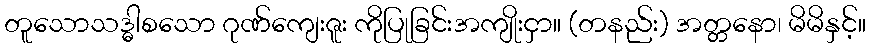
တူသောသဒ္ဓါစသော ဂုဏ်ကျေးဇူး ကိုပြုခြင်းအကျိုးငှာ။ (တနည်း) အတ္တနော၊ မိမိနှင့်။